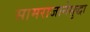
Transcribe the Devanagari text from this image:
सामराजानेसुद्धा